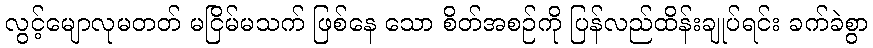
လွင့်မျောလုမတတ် မငြိမ်မသက် ဖြစ်နေ သော စိတ်အစဉ်ကို ပြန်လည်ထိန်းချုပ်ရင်း ခက်ခဲစွာ